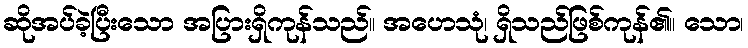
ဆိုအပ်ခဲ့ပြီးသော အပြားရှိကုန်သည်။ အဟေသုံ၊ ရှိသည်ဖြစ်ကုန်၏။ သော၊